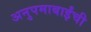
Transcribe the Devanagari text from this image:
अनुपमाबाईंची